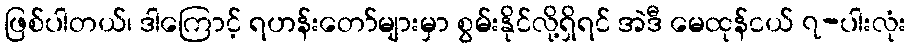
ဖြစ်ပါတယ်၊ ဒါကြောင့် ရဟန်းတော်များမှာ စွမ်းနိုင်လို့ရှိရင် အဲဒီ မေထုန်ငယ် ၇-ပါးလုံး